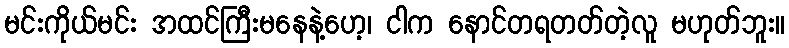
မင်းကိုယ်မင်း အထင်ကြီးမနေနဲ့ဟေ့၊ ငါက နောင်တရတတ်တဲ့လူ မဟုတ်ဘူး။